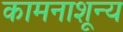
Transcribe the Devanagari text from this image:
कामनाशून्य